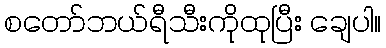
စတော်ဘယ်ရီသီးကိုထုပြီး ချေပါ။